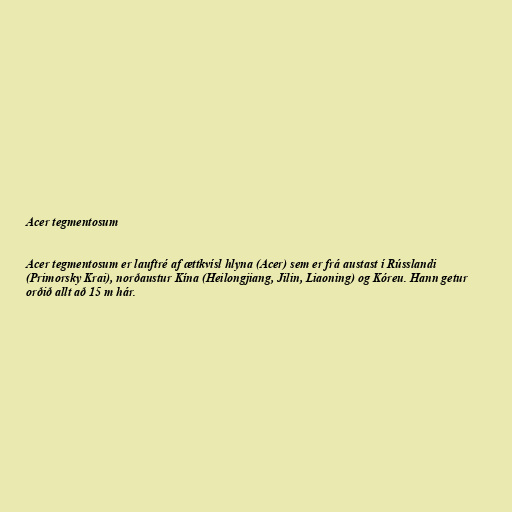
Acer tegmentosum

Acer tegmentosum er lauftré af ættkvísl hlyna (Acer) sem er frá austast í Rússlandi
(Primorsky Krai), norðaustur Kína (Heilongjiang, Jilin, Liaoning) og Kóreu. Hann getur
orðið allt að 15 m hár.